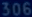
306